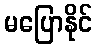
မပြောနိုင်